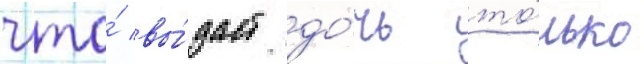
что́ вы́даст до́чь то́лько